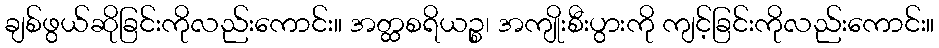
ချစ်ဖွယ်ဆိုခြင်းကိုလည်းကောင်း။ အတ္ထစရိယဉ္စ၊ အကျိုးစီးပွားကို ကျင့်ခြင်းကိုလည်းကောင်း။